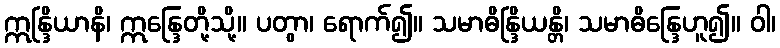
ဣန္ဒြိယာနိ၊ ဣန္ဒြေတို့သို့။ ပတွာ၊ ရောက်၍။ သမာဓိန္ဒြိယန္တိ၊ သမာဓိန္ဒြေဟူ၍။ ဝါ၊